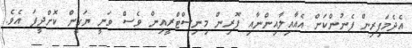
އެދެމަފިރިން ފެނުންކަން އެއާއިލާއިންނާއި ފޮރިން މިނިސްޓްރީއިން ވެސް ވަނީ ޔަގީން ކޮށްދީފަ އެވެ.